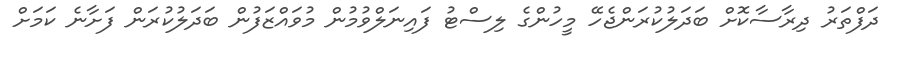
ދަފްތަރު ދިރާސާކޮށް ބަދަލުކުރަންޖެހޭ މީހުންގެ ލިސްޓު ފައިނަލްވުމުން މުވައްޒަފުން ބަދަލުކުރަން ފަށާނެ ކަމަށް